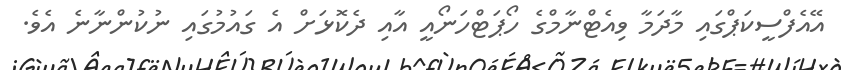
އޭއެފްސީކަޕްގައި މާދަމާ ވިއެޓްނާމްގެ ހޯޕަޓްހަނޯއީ އާއި ދެކޮޅަށް އެ ގައުމުގައި ނުކުންނާނެ އެވެ.